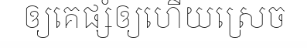
ឲ្យគេផ្សំឲ្យហើយស្រេច